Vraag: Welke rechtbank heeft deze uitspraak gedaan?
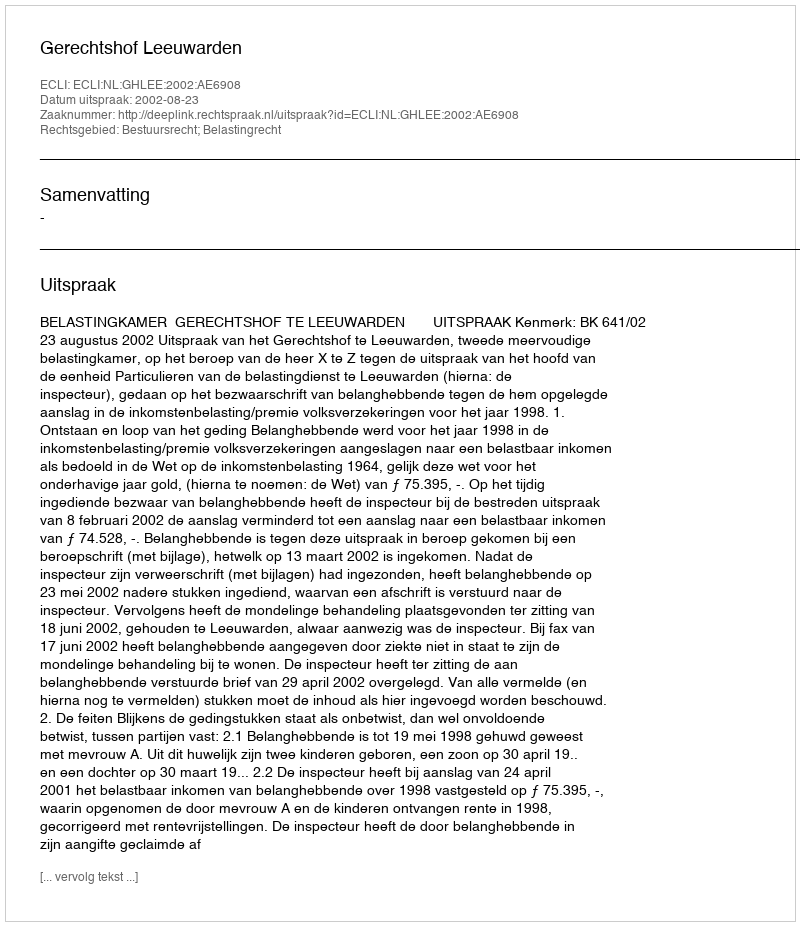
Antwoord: Gerechtshof Leeuwarden